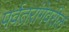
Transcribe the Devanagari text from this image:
पर्वतरांगेवरील